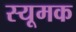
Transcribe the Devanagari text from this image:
स्यूमक